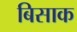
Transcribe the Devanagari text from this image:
बिसाक